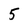
Character: 5